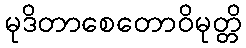
မုဒိတာစေတောဝိမုတ္တိ